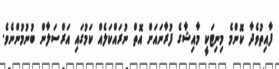
ފާއިތުވެދާ ކޮންމެ މިނިޓަކީ މާއިޝާގެ ފުރާނައަށް އޮތް ނުރައްކަލެއް ކަމުގައި އަރްސަލާން ބުނުމުންނެވެ.